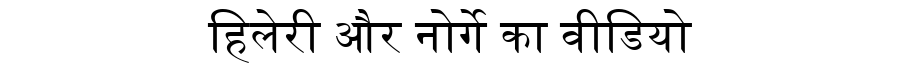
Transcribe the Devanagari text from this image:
हिलेरी और नोर्गे का वीडियो